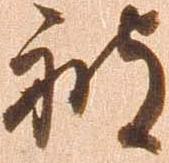
被